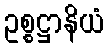
ဥစ္စဋ္ဌာနိယံ